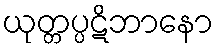
ယုတ္တပ္ပဋိဘာနော